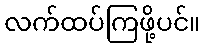
လက်ထပ်ကြဖို့ပင်။